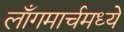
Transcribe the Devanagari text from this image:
लाँगमार्चमध्ये